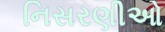
નિસરણીઓ